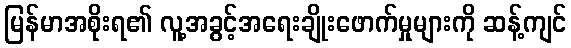
မြန်မာအစိုးရ၏ လူ့အခွင့်အရေးချိုးဖောက်မှုများကို ဆန့်ကျင်